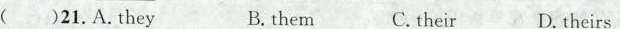
( )21.A.They B. them C.their D. theirs